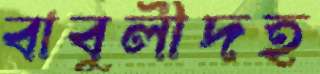
বাবুলীদহ